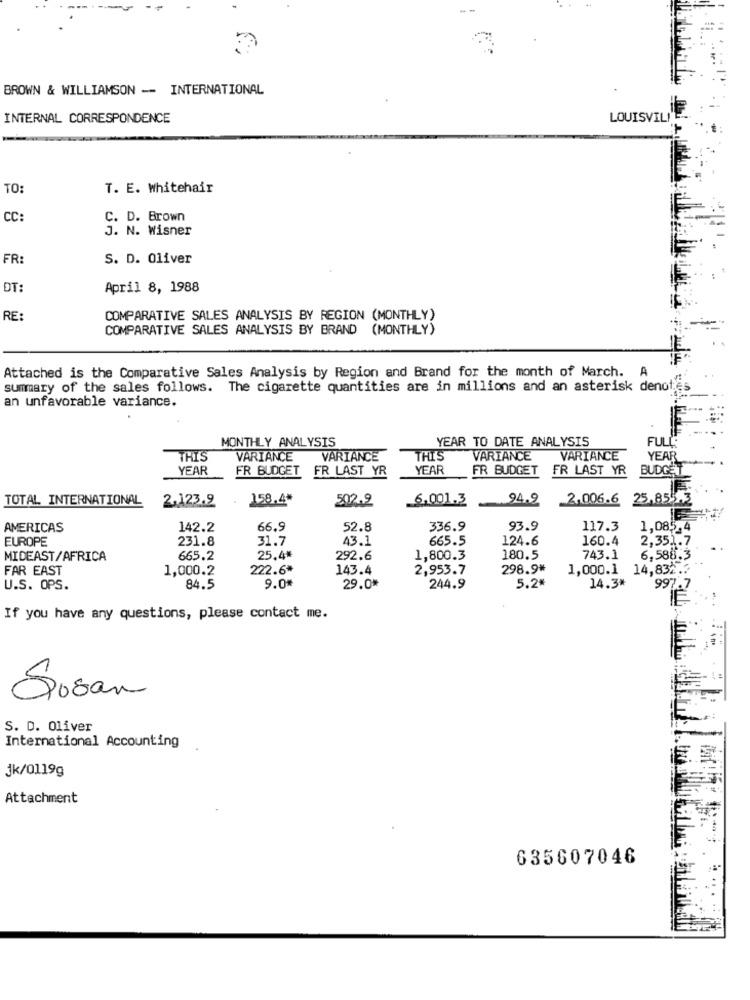
BROWN & WILLIAMSON -- INTERNATIONAL
INTERNAL CORRESPONDENCE
LOUISVILI
TO:
T. E. Whitehair
CC:
C. D. Brown
J. N. Wisner
FR:
S. D. Oliver
DT:
April 8, 1988
RE:
COMPARATIVE SALES ANALYSIS BY REGION (MONTHLY)
COMPARATIVE SALES ANALYSIS BY BRAND (MONTHLY)
Attached is the Comparative Sales Analysis by Region and Brand for the month of March. A
summary of the sales follows. The cigarette quantities are in millions and an asterisk denotes
an unfavorable variance.
MONTHLY ANALYSIS
YEAR TO DATE ANALYSIS
FULL:
THIS
VARIANCE
VARIANCE
THIS
VARIANCE
VARIANCE
YEAR
YEAR
FR BUDGET FR LAST YR
YEAR
FR BUDGET FR LAST YR
BUDGET
TOTAL INTERNATIONAL
2,123.9
158.4*
502.9
6.001.3
94.2
2.006.6
25,855.3
AMERICAS
142.2
66.9
52.8
336.9
93.9
117.3
1,085.4
EUROPE
231.8
31.7
43.1
665.5
124.6
160.4
2,351.7
MIDEAST/AFRICA
665.2
25.4*
292.6
1,800.3
180.5
743.1
6,588.3
FAR EAST
1,000.2
222.6*
143.4
2,953.7
298.9*
1,000.1
14,832 .?
9.0%
5.2%
14.3*
U.S. OPS.
84.5
29.0*
244.9
997.7
If you have any questions, please contact me.
Susan
S. D. Oliver
International Accounting
jk/0119g
Attachment
635607046